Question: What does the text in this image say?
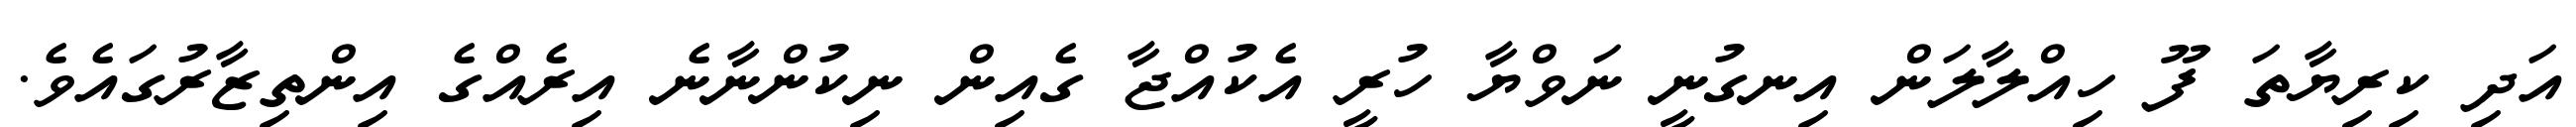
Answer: އަދި ކިރިޔާތަ ފޫ ހިއްލާލަން އިނގުނީ ނަވްޔާ ހުރީ އެކުއްޖާ ގެއިން ނިކުންނާނެ އިރެއްގެ އިންތިޒާރުގައެވެ.